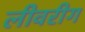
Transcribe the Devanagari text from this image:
लीवरीग